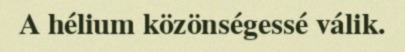
A hélium közönségessé válik.